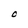
Character: O